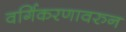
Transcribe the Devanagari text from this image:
वर्गिकरणावरुन